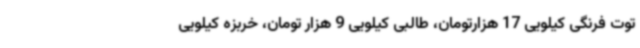
توت فرنگی کیلویی 17 هزارتومان، طالبی کیلویی 9 هزار تومان، خربزه کیلویی